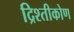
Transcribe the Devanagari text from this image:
द्रिश्तीकोण